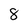
Character: 8